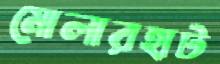
মোলারহাট